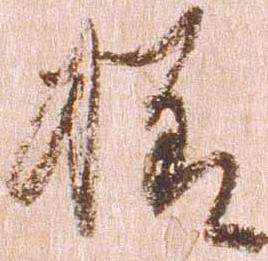
様